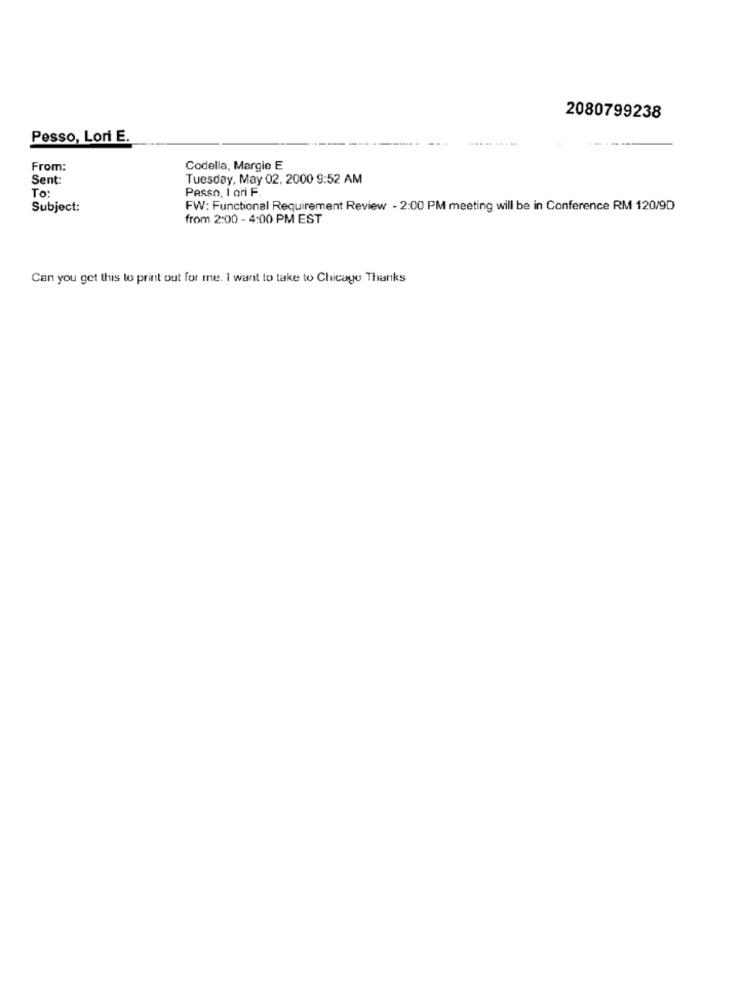
2080799238
Pesso, Lori E.
From:
Codella, Margie E
Sent:
Tuesday, May 02, 2000 9:52 AM
To:
Passo, I ori F.
Subject:
FW: Functional Requirement Review - 2:00 PM meeting will be in Conference RM 120/9D
from 2:00 - 4:00 PM EST
Can you get this to print out for me. I want to take to Chicago Thanks